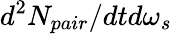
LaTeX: d^{2}N_{pair}/dtd\omega_{s}